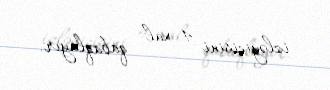
izləyicisini 4 xal qabaqlayır.